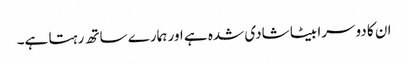
ان کا دوسرا بیٹا شادی شدہ ہے اور ہمارے ساتھ رہتا ہے۔